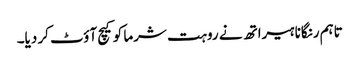
تاہم رنگانا ہیراتھ نے روہت شرما کو کیچ آؤٹ کر دیا۔